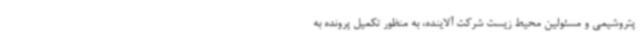
پتروشیمی و مسئولین محیط زیست شرکت آلاینده، به منظور تکمیل پرونده به